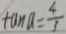
\tan a = \frac { 4 } { 3 }